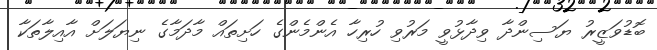
ބޮޑުވަޒީރު ޔަސިންދާ ވިދާޅުވީ މަރުވި ހުރިހާ އެންމެންގެ ހަށިތައް މާދަމާގެ ނިޔަލަށް އާއިލާތަކާ